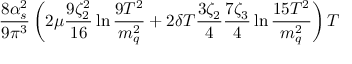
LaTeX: \frac { 8 \alpha _ { s } ^ { 2 } } { 9 \pi ^ { 3 } } \left( 2 \mu \frac { 9 \zeta _ { 2 } ^ { 2 } } { 1 6 } \ln \frac { 9 T ^ { 2 } } { m _ { q } ^ { 2 } } + 2 \delta T \frac { 3 \zeta _ { 2 } } { 4 } \frac { 7 \zeta _ { 3 } } { 4 } \ln \frac { 1 5 T ^ { 2 } } { m _ { q } ^ { 2 } } \right) T